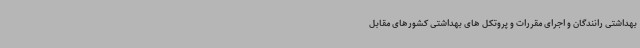
بهداشتی رانندگان و اجرای مقررات و پروتکل های بهداشتی کشورهای مقابل